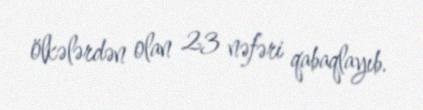
ölkələrdən olan 23 nəfəri qabaqlayıb.